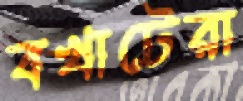
বখাটেরা